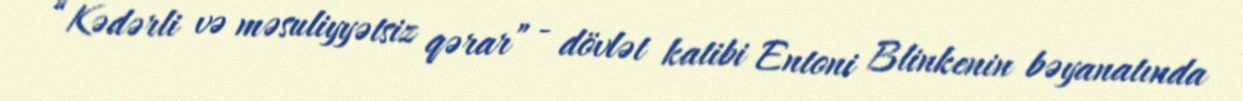
“Kədərli və məsuliyyətsiz qərar” - dövlət katibi Entoni Blinkenin bəyanatında